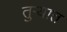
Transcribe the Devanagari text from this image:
तुऱ्यात